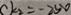
k _ { 2 } = - 2 5 0